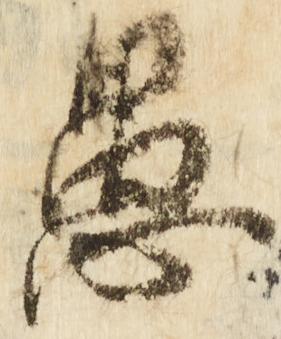
愚